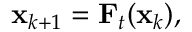
\begin{array} { r } { { \bf x } _ { k + 1 } = { \bf F } _ { t } ( { \bf x } _ { k } ) , } \end{array}